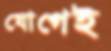
যোগেই